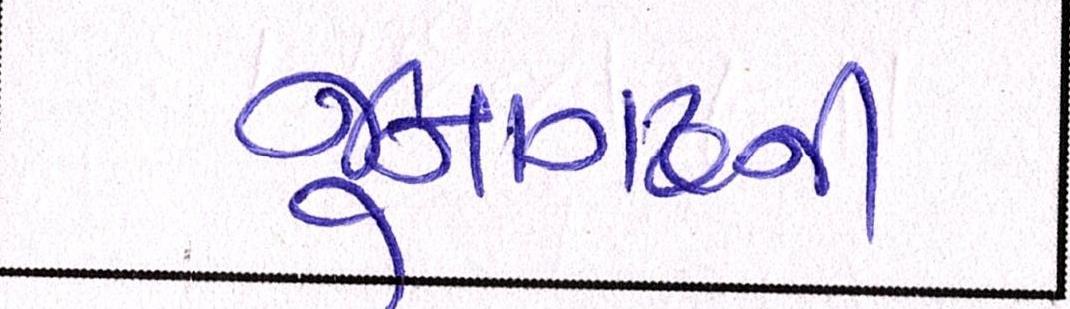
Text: જૂનાગઢની